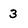
Character: 3